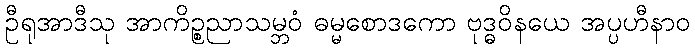
ဦရုအာဒီသု အာကိဉ္စညာသမ္ဘဝံ ဓမ္မစောဒကော ဗုဒ္ဓဝိနယေ အပ္ပဟီနာဝ